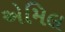
એમિલ